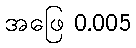
အဖြေ 0.005